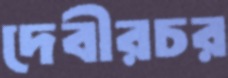
দেবীরচর